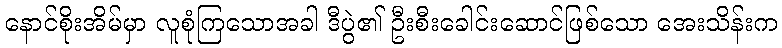
နောင်စိုးအိမ်မှာ လူစုံကြသောအခါ ဒီပွဲ၏ ဦးစီးခေါင်းဆောင်ဖြစ်သော အေးသိန်းက